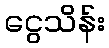
ငွေသိန်း